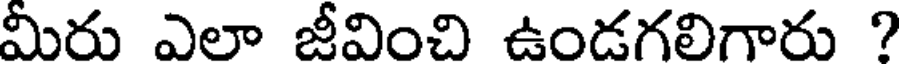
మీరు ఎలా జీవించి ఉండగలిగారు ?